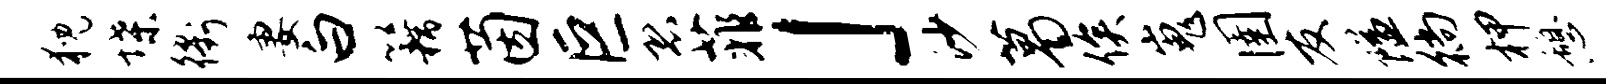
猊堞衢妻白籍茵巨恐菲」沙葛俟嵬圉友隘徜柙憩